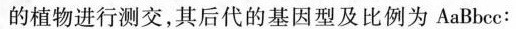
的植物进行测交，其后代的基因型及比例为AaBbcc：